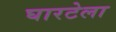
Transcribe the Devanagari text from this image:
घारटेला